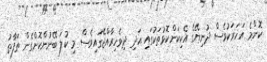
ކޮންމެ އަހަރަކުވެސް ދުނިޔޭގެ އެކިކަންކޮޅުތަކުގައި އަދި ދިވެހިރާއްޖޭގައިވެސް މި ކުލަ ބޭނުންކޮށްގެން ތަފާތު